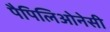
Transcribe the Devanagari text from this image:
पैपिलिओनेसी